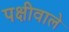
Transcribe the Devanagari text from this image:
पक्षीवाले